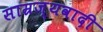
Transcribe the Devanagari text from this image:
साम्रज्यवादी